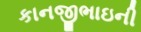
કાનજીભાઇની